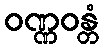
ဝဏ္ဏဝန္တံ